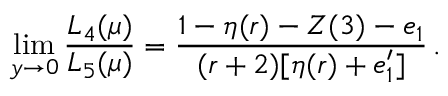
\operatorname * { l i m } _ { y \to 0 } \frac { L _ { 4 } ( \mu ) } { L _ { 5 } ( \mu ) } = \frac { 1 - \eta ( r ) - Z ( 3 ) - e _ { 1 } } { ( r + 2 ) [ \eta ( r ) + e _ { 1 } ^ { \prime } ] } \, .